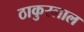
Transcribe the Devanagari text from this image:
ठाकुरलाल